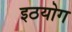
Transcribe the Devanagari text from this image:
इठयोग